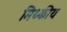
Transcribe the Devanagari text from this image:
मिथ्कीय